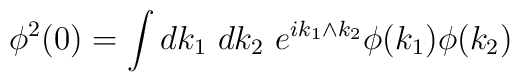
\phi^2(0)= \int d k_1\ dk_2\ e^{i k_1\wedge k_2} \phi(k_1)\phi(k_2)